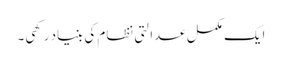
ایک مکمل عدالتی نظام کی بنیاد رکھی۔